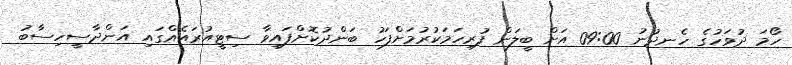
ހޯމަ ދުވަހުގެ ހެނދުނު 09:00 އަށް ބީލަން ފުރިހަމަކުރުމަށްފަހު ބަންދުކޮށްފައިވާ ސިޓީއުރައެއްގައި އަންދާސީހިސާބު